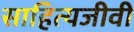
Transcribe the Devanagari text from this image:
साहित्यजीवी